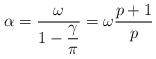
LaTeX: \begin{align*}\alpha =\displaystyle\frac{\omega }{1-\displaystyle\frac{\gamma }{\pi }}=\omega \displaystyle\frac{p+1}{p}\end{align*}